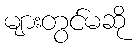
များတွင်မဆို